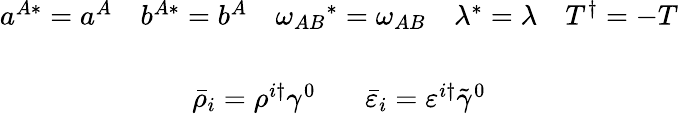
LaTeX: \begin{array}{c}{{a^{A*}=a^{A}~~~~b^{A*}=b^{A}~~~~\omega_{AB}{}^{*}=\omega_{AB}~~~~\lambda^{*}=\lambda~~~~T^{\dagger}=-T}}\\ {{{}}}\\ {{\bar{\rho}_{i}=\rho^{i\dagger}\gamma^{0}~~~~~~~\bar{\varepsilon}_{i}=\varepsilon^{i\dagger}\tilde{\gamma}^{0}}}\end{array}